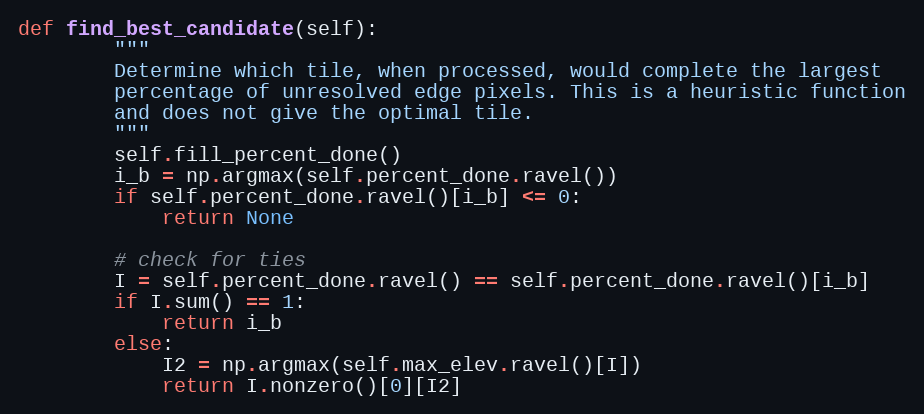
Language: Python
def find_best_candidate(self):
        """
        Determine which tile, when processed, would complete the largest
        percentage of unresolved edge pixels. This is a heuristic function
        and does not give the optimal tile.
        """
        self.fill_percent_done()
        i_b = np.argmax(self.percent_done.ravel())
        if self.percent_done.ravel()[i_b] <= 0:
            return None

        # check for ties
        I = self.percent_done.ravel() == self.percent_done.ravel()[i_b]
        if I.sum() == 1:
            return i_b
        else:
            I2 = np.argmax(self.max_elev.ravel()[I])
            return I.nonzero()[0][I2]